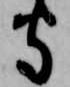
守